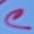
Text: C